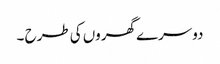
دوسرے گھروں کی طرح ۔